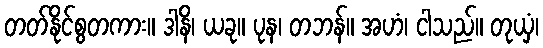
တတ်နိုင်စွတကား။ ဒါနိ၊ ယခု။ ပုန၊ တဘန်။ အဟံ၊ ငါသည်။ တုယှံ၊